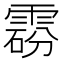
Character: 𩃼